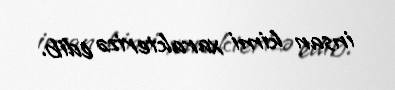
insan kimi xarakterizə edib.